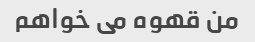
من قهوه می خواهم